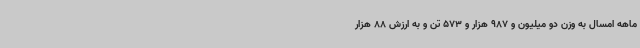
ماهه امسال به وزن دو میلیون و 987 هزار و 573 تن و به ارزش 88 هزار